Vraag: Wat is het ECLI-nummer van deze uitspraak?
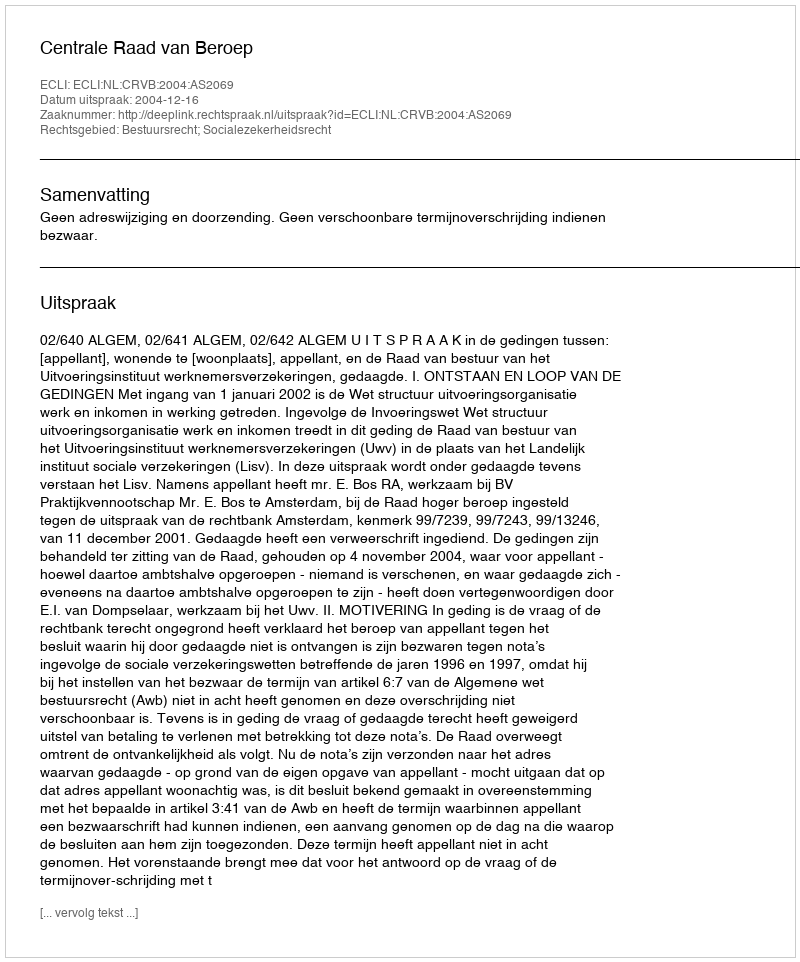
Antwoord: ECLI:NL:CRVB:2004:AS2069